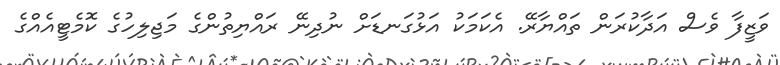
ވަޒީފާ ވެސް އަދާކުރަން ތައްޔާރޭ. އެކަމަކު އަޅުގަނޑަށް ނުދިނޭ ރައްޔިތުންގެ މަޖިލިހުގެ ކޮމެޓީއެއްގެ